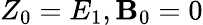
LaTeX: Z_{0}=E_{1},\mathbf{B}_{0}=0